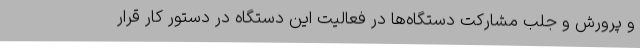
و پرورش و جلب مشارکت دستگاه‌ها در فعالیت این دستگاه در دستور کار قرار